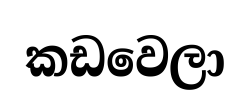
කඩවෙලා